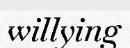
willying